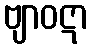
ဗျာဝဋာ